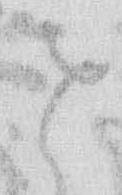
せ